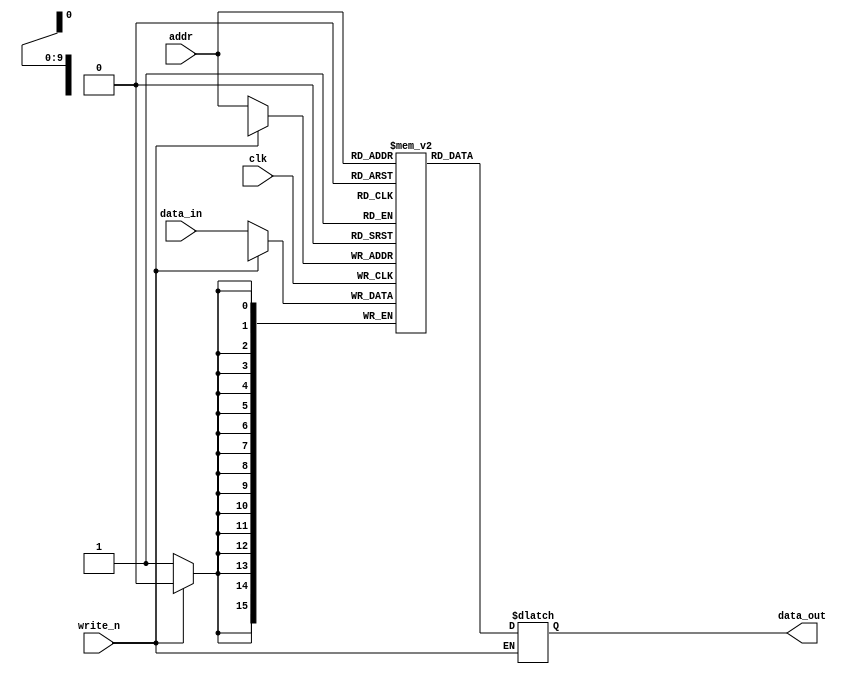
module ram (
    clk,        // 
    write_n,    // 
    addr,       // 
    data_in,    // 
    data_out,   // 
);

    input clk;
    input write_n;
    input [9: 0] addr;
    input [15: 0] data_in;  

    output reg [15: 0] data_out;

    reg [15: 0] ram_reg [1023: 0];

    // **********  *************
    always @(posedge clk ) begin    // 
        if (!write_n)               // 
            ram_reg[addr] <= data_in;
    end

    // **********  *************
    always @(*) begin               // 
        if (write_n)                // 
            data_out = ram_reg[addr];
    end

endmodule